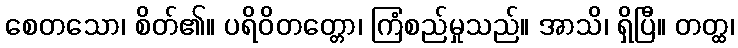
စေတသော၊ စိတ်၏။ ပရိဝိတတ္တော၊ ကြံစည်မှုသည်။ အာသိ၊ ရှိပြီ။ တတ္ထ၊